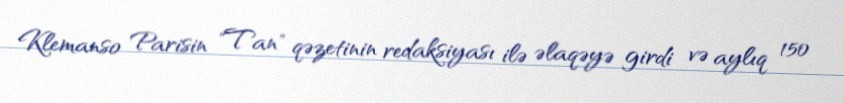
Klemanso Parisin "Tan" qəzetinin redaksiyası ilə əlaqəyə girdi və aylıq 150